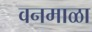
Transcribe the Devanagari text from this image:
वनमाळा